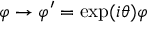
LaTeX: \varphi \to \varphi ^ { \prime } = \exp ( i \theta ) \varphi